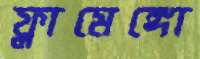
ফ্লামেঙ্গো